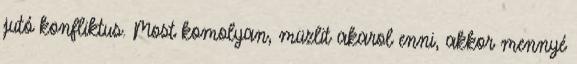
jutó konfliktus. Most komolyan, müzlit akarol enni, akkor mennyé